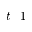
t \_ 1